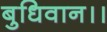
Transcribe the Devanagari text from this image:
बुधिवान।।